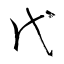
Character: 代